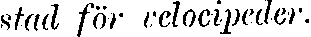
stad för velocipeder.